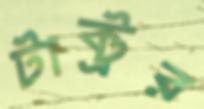
টাক্ট্রর